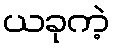
ယခုကဲ့